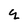
Character: q